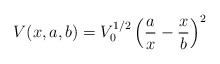
\begin{align*}V(x,a,b)=V_{0}^{1/2}\left(\frac{a}{x}-\frac{x}{b}\right)^{2}\end{align*}